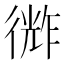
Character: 𪫗